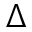
\Delta